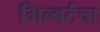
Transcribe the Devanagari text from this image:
गिल्बर्टचा